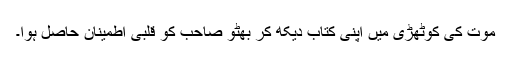
موت کی کوٹھڑی میں اپنی کتاب دیکھ کر بھٹو صاحب کو قلبی اطمینان حاصل ہوا۔